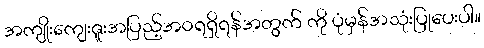
အကျိုးကျေးဇူးအပြည့်အဝရရှိရန်အတွက် ကို ပုံမှန်အသုံးပြုပေးပါ။